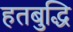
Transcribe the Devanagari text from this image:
हतबुद्धि